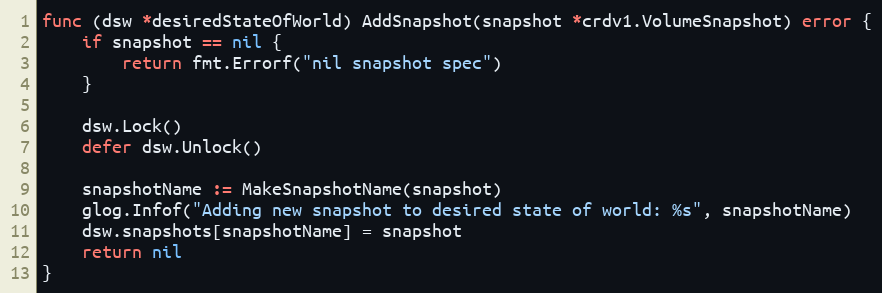
Language: Go
func (dsw *desiredStateOfWorld) AddSnapshot(snapshot *crdv1.VolumeSnapshot) error {
	if snapshot == nil {
		return fmt.Errorf("nil snapshot spec")
	}

	dsw.Lock()
	defer dsw.Unlock()

	snapshotName := MakeSnapshotName(snapshot)
	glog.Infof("Adding new snapshot to desired state of world: %s", snapshotName)
	dsw.snapshots[snapshotName] = snapshot
	return nil
}